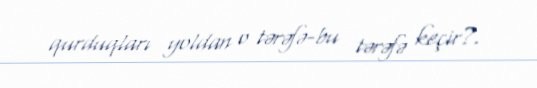
qurduqları yoldan o tərəfə-bu tərəfə keçir?.